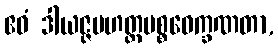
ဧဝံ ဒါယဇ္ဇမဟတ္တပစ္စဝေက္ခဏတာ,